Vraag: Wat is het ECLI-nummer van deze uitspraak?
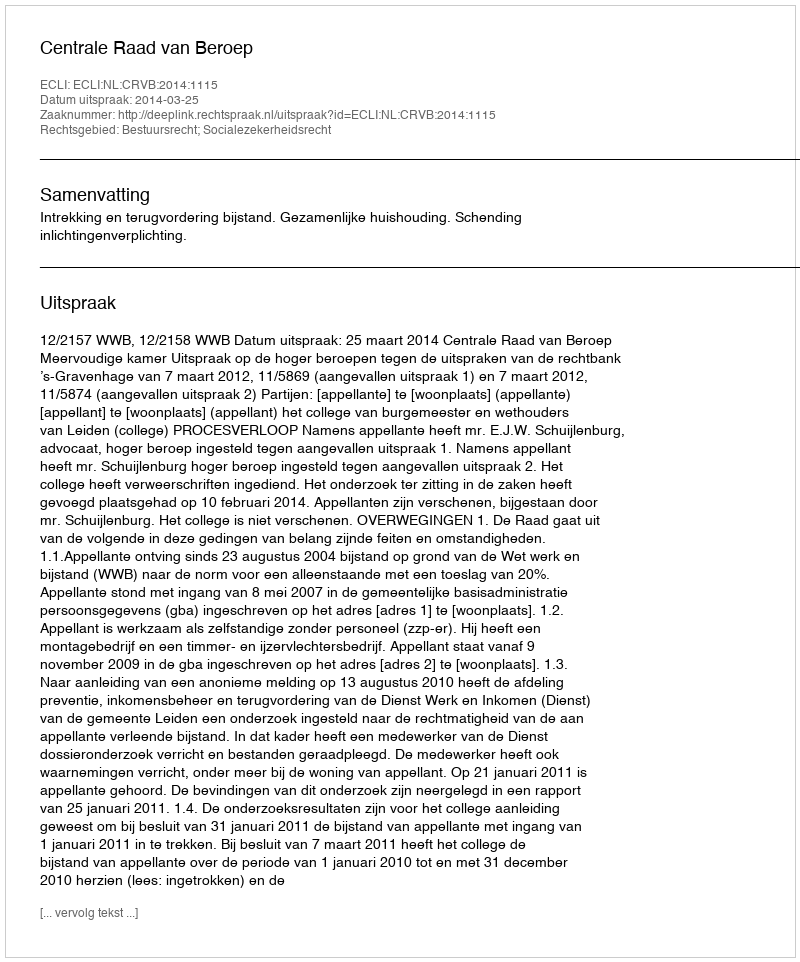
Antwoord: ECLI:NL:CRVB:2014:1115